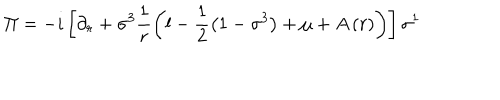
LaTeX: \Pi = - i \left[ \partial _ { r } + \sigma ^ { 3 } \frac { 1 } { r } \left( l - \frac { 1 } { 2 } \left( 1 - \sigma ^ { 3 } \right) + \mu + A \left( r \right) \right) \right] \sigma ^ { 1 }